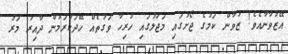
އޭޒުވާނާއެވެ! ޒުވާން ކަމުގެ ޖޯށުގައި މަޖަލުގައި ހުރިހާ ވަގުތެއް ހޭދަކުރަމުން ދާއިރު މަރު